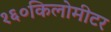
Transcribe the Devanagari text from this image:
१६०किलोमीटर